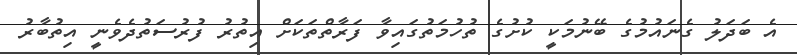
އެ ބަދަލު ގެނައުމުގެ ބޭނުމަކީ ކުށުގެ ތުހުމަތުގައިވާ ފަރާތްތަކަށް އިތުރު ފުރުސަތުދެވެނީ އިތުބާރު